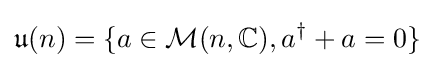
{\mathfrak {u}}(n)=\{a\in {\mathcal {M}}(n,\mathbb {C} ),a^{\dagger }+a=0\}